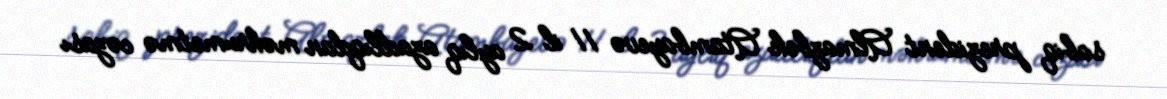
sabiq prezident Almazbek Atambayevə 11 il 2 aylıq azadlıqdan məhrumetmə cəzası